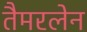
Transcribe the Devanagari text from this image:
तैमरलेन